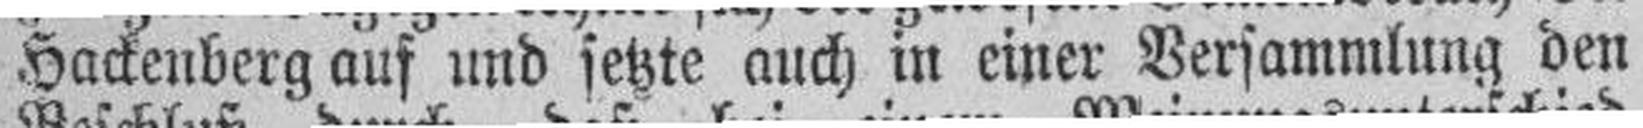
Hackenberg auf und setzte auch in einer Versammlung den